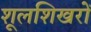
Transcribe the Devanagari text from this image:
शूलशिखरों